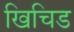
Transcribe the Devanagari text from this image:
खिचिड